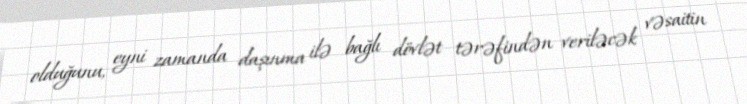
olduğunu, eyni zamanda daşınma ilə bağlı dövlət tərəfindən veriləcək vəsaitin